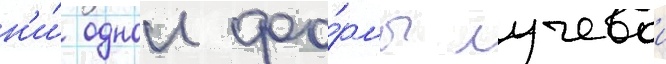
н'и́ однои фо́рмы лучевои